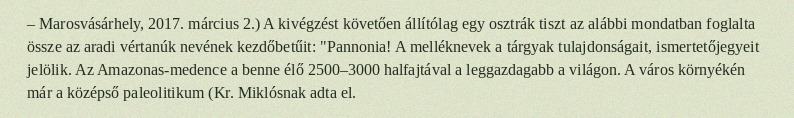
– Marosvásárhely, 2017. március 2.) A kivégzést követően állítólag egy osztrák tiszt az alábbi mondatban foglalta össze az aradi vértanúk nevének kezdőbetűit: "Pannonia! A melléknevek a tárgyak tulajdonságait, ismertetőjegyeit jelölik. Az Amazonas-medence a benne élő 2500–3000 halfajtával a leggazdagabb a világon. A város környékén már a középső paleolitikum (Kr. Miklósnak adta el.